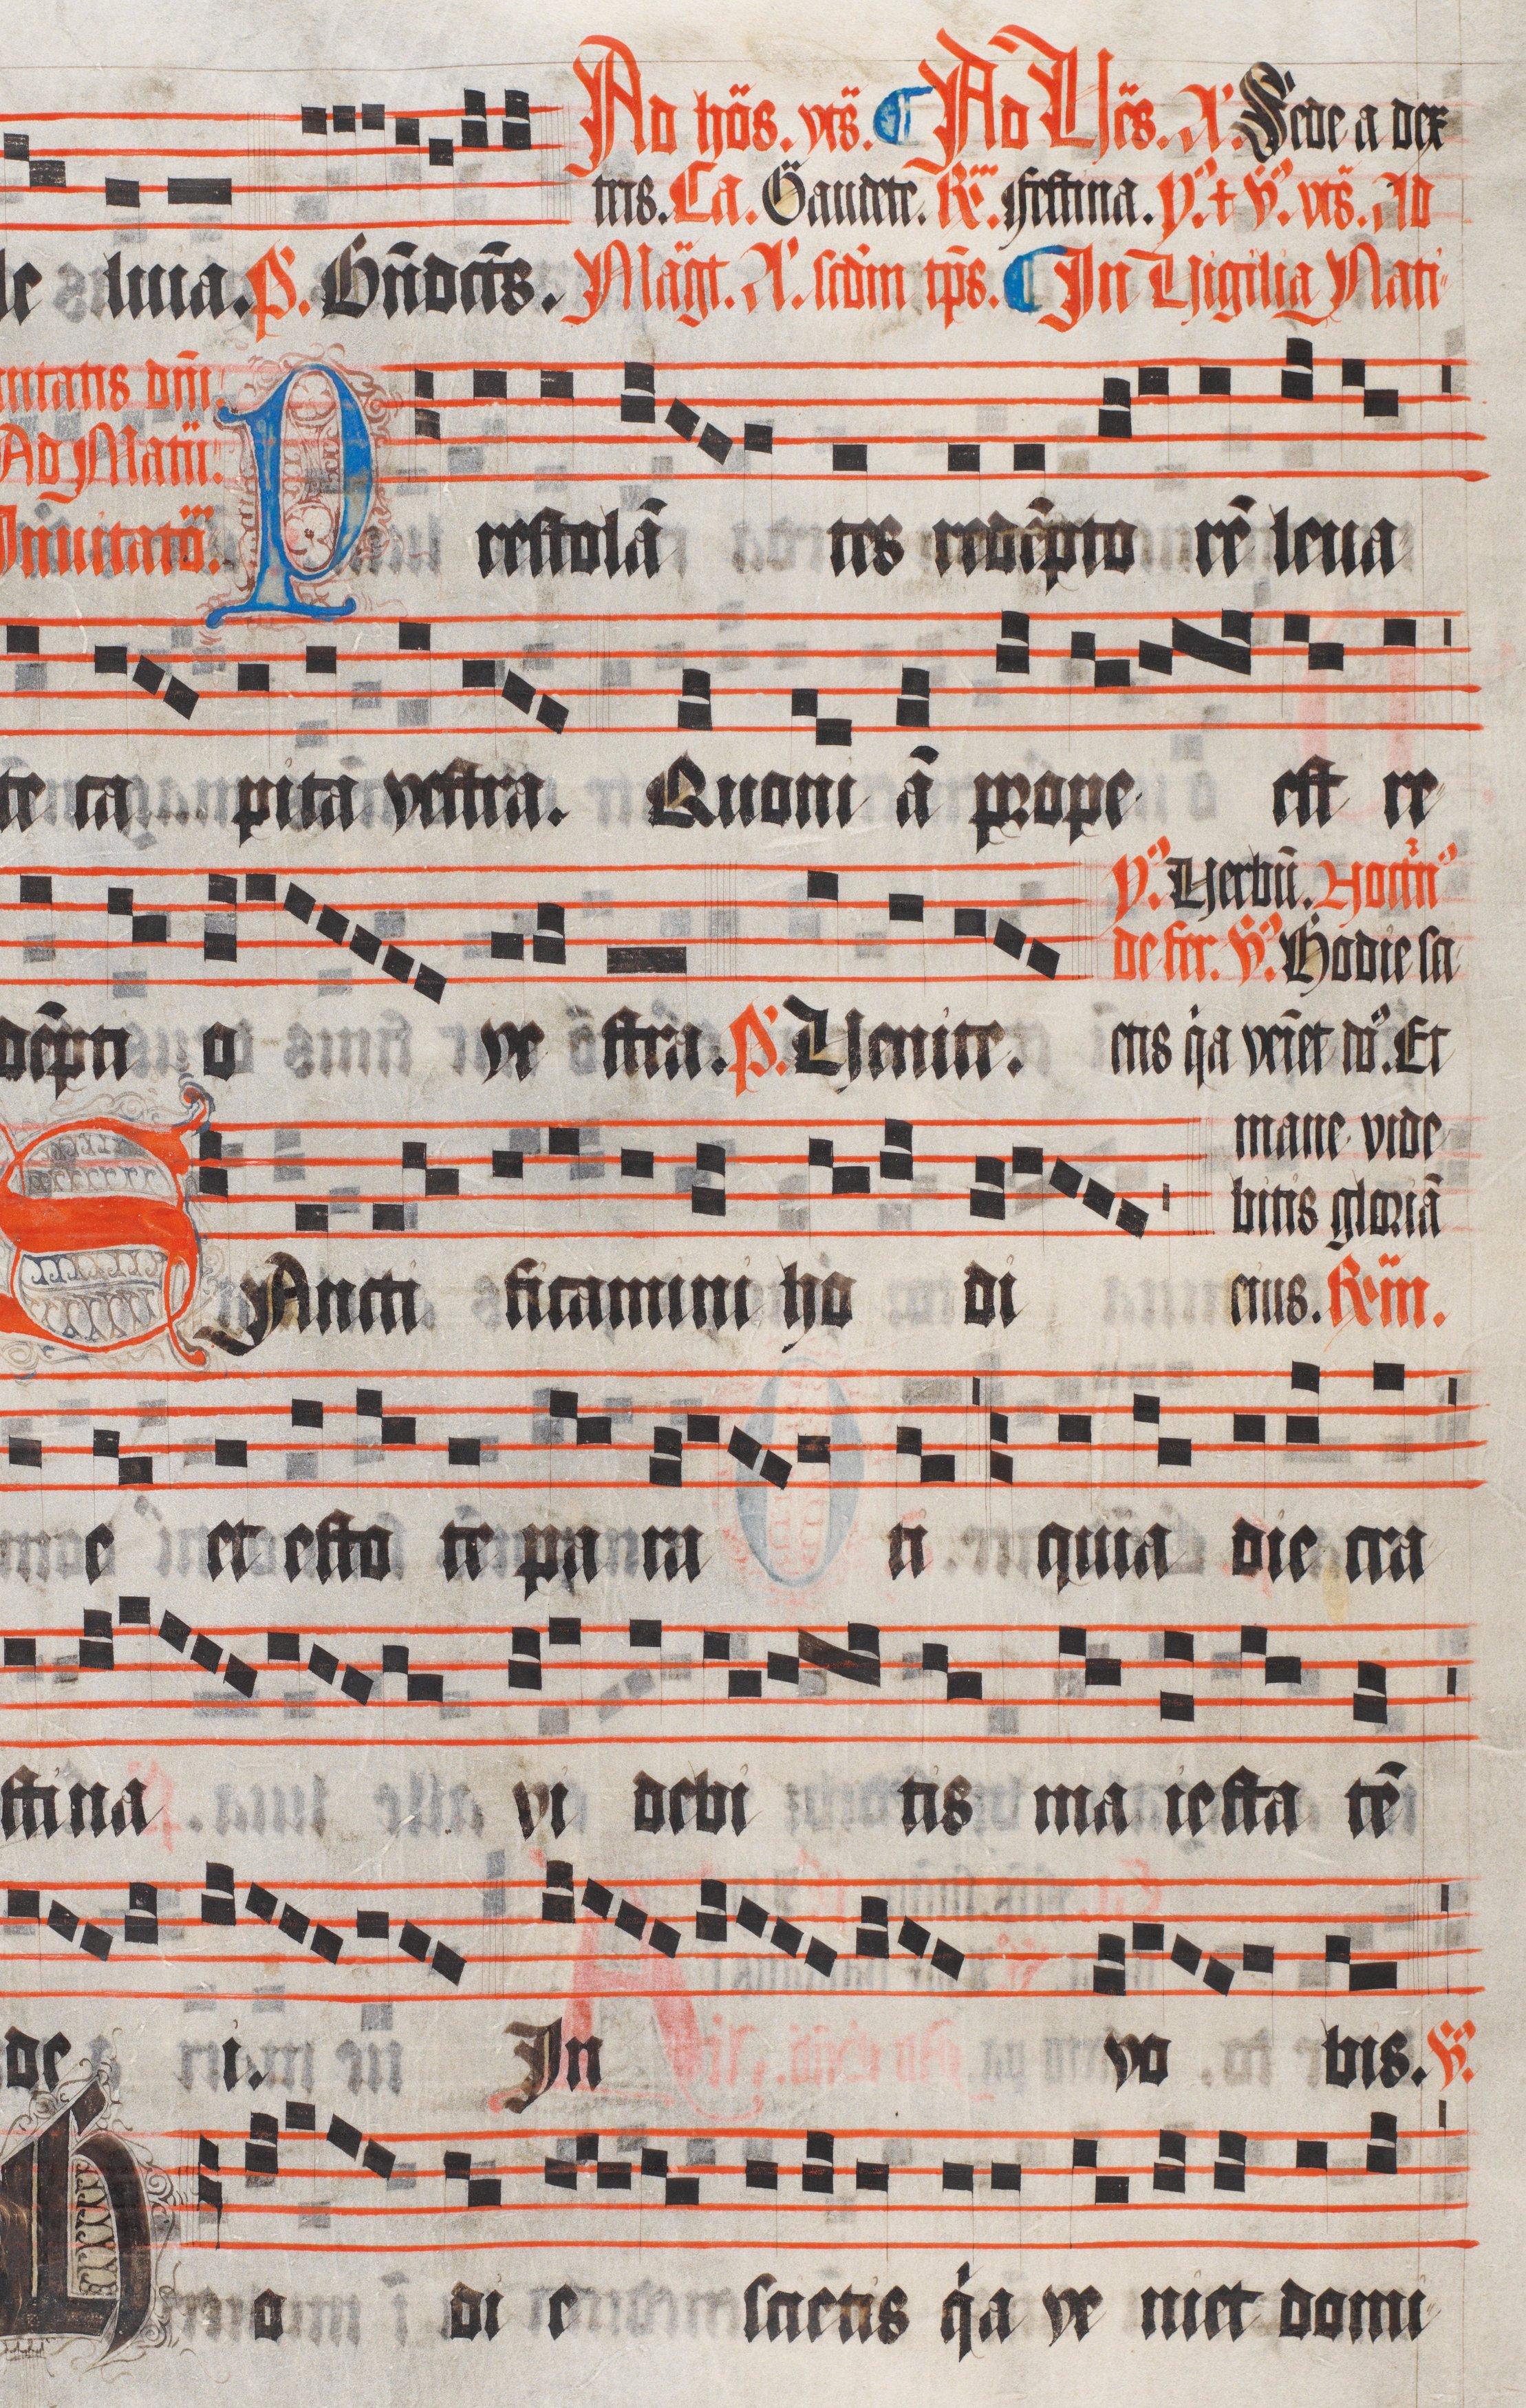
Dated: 1511–1517